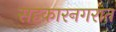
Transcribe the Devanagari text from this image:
सहकारनगरात